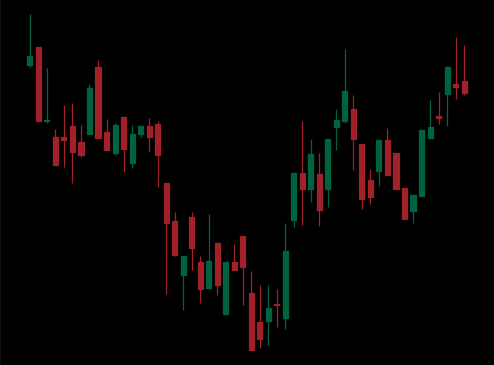
Pattern: inverse_head_shoulders